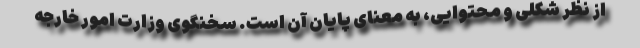
از نظر شکلی و محتوایی، به معنای پایان آن است. سخنگوی وزارت امور خارجه